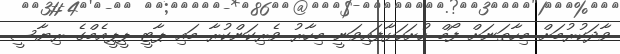
ވާދަކުރުމަށް މިހާތަނަށް ފޯމް ހުށަހަޅާފައިވަނީ މިހާރު ވެރިކަންކުރާ މައި ޕާޓީ ޕީޕީއެމްގެ ރިޔާސީ